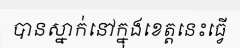
បានស្នាក់នៅក្នុងខេត្តនេះធ្វើ